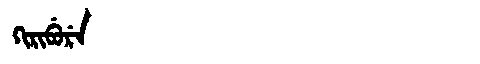
Manchu: ᡴᡳᡵᡳᠪᡠᡵᡝ
Romanization: KIRIBURE